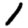
Digit: 1